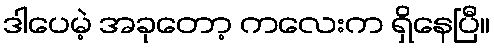
ဒါပေမဲ့ အခုတော့ ကလေးက ရှိနေပြီ။